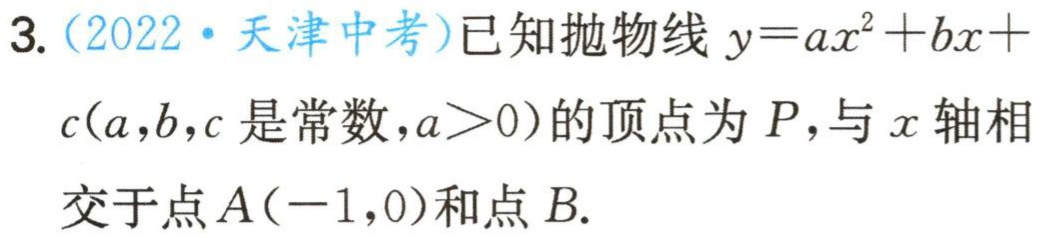
3.（2022·天津中考）已知抛物线\(y = ax^{2}+bx + c(a,b,c\)是常数，\(a>0)\)的顶点为\(P\)，与\(x\)轴相交于点\(A(-1,0)\)和点\(B\).